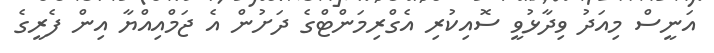
އަނީސް މިއަދު ވިދާޅުވީ ސޮއިކުރި އެގްރިމަންޓްގެ ދަށުން އެ ޖަމްއިއްޔާ އިން ފެރީގެ